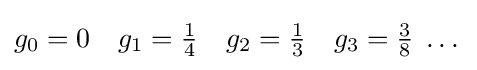
g_{0}=0\quad g_{1}={\textstyle {\frac {1}{4}}}\quad g_{2}={\textstyle {\frac {1}{3}}}\quad g_{3}={\textstyle {\frac {3}{8}}}\;\dots